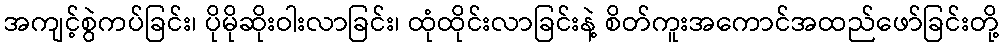
အကျင့်စွဲကပ်ခြင်း၊ ပိုမိုဆိုးဝါးလာခြင်း၊ ထုံထိုင်းလာခြင်းနဲ့ စိတ်ကူးအကောင်အထည်ဖော်ခြင်းတို့